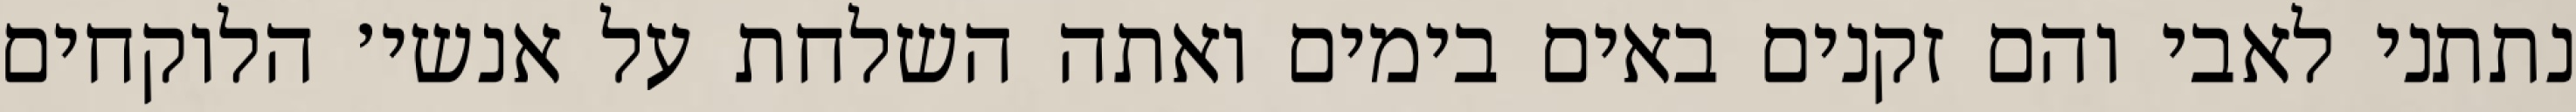
נתתני לאבי והם זקנים באים בימים ואתה השלחת על אנשי׳ הלוקחים